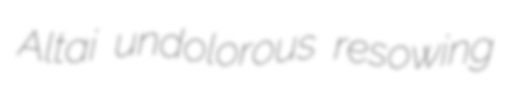
Altai undolorous resowing